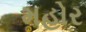
મહોર